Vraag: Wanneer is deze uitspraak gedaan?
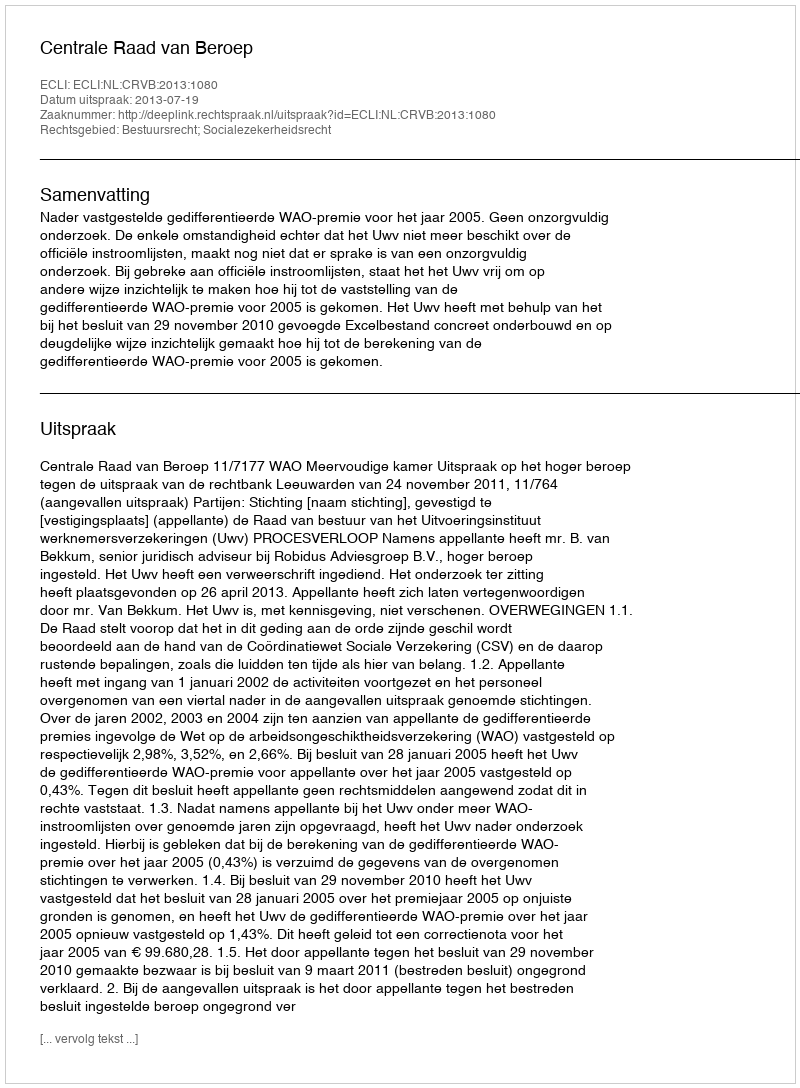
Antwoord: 2013-07-19